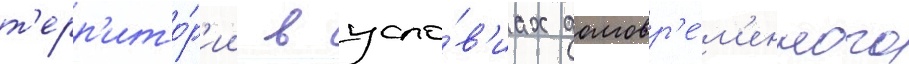
т'ерр'ито́р'ии в усло́в'иах долговр'е́м'енного